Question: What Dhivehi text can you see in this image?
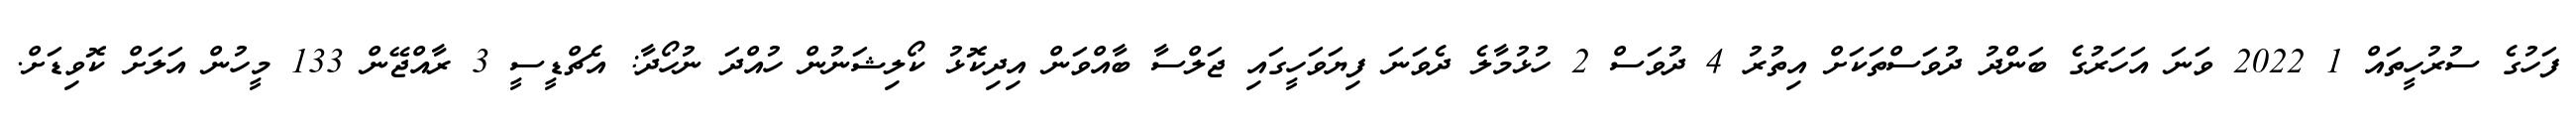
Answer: ފަހުގެ ސުރުހީތައް 1 2022 ވަނަ އަހަރުގެ ބަންދު ދުވަސްތަކަށް އިތުރު 4 ދުވަސް 2 ހުޅުމާލެ ދެވަނަ ފިޔަވަހީގައި ޖަލްސާ ބާއްވަން އިދިކޮޅު ކޯލިޝަނުން ހުއްދަ ނުހޯދާ: އެޗްޑީސީ 3 ރާއްޖޭން 133 މީހުން އަލަށް ކޮވިޑަށް.